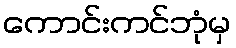
ကောင်းကင်ဘုံမှ